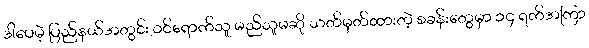
ဒါပေမဲ့ ပြည်နယ်အတွင်း ဝင်ရောက်သူ မည်သူမဆို သတ်မှတ်ထားတဲ့ စခန်းတွေမှာ ၁၄ ရက်အကြာ